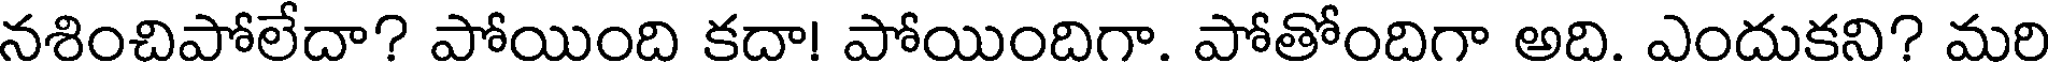
నశించిపోలేదా? పోయింది కదా! పోయిందిగా. పోతోందిగా అది. ఎందుకని? మరి